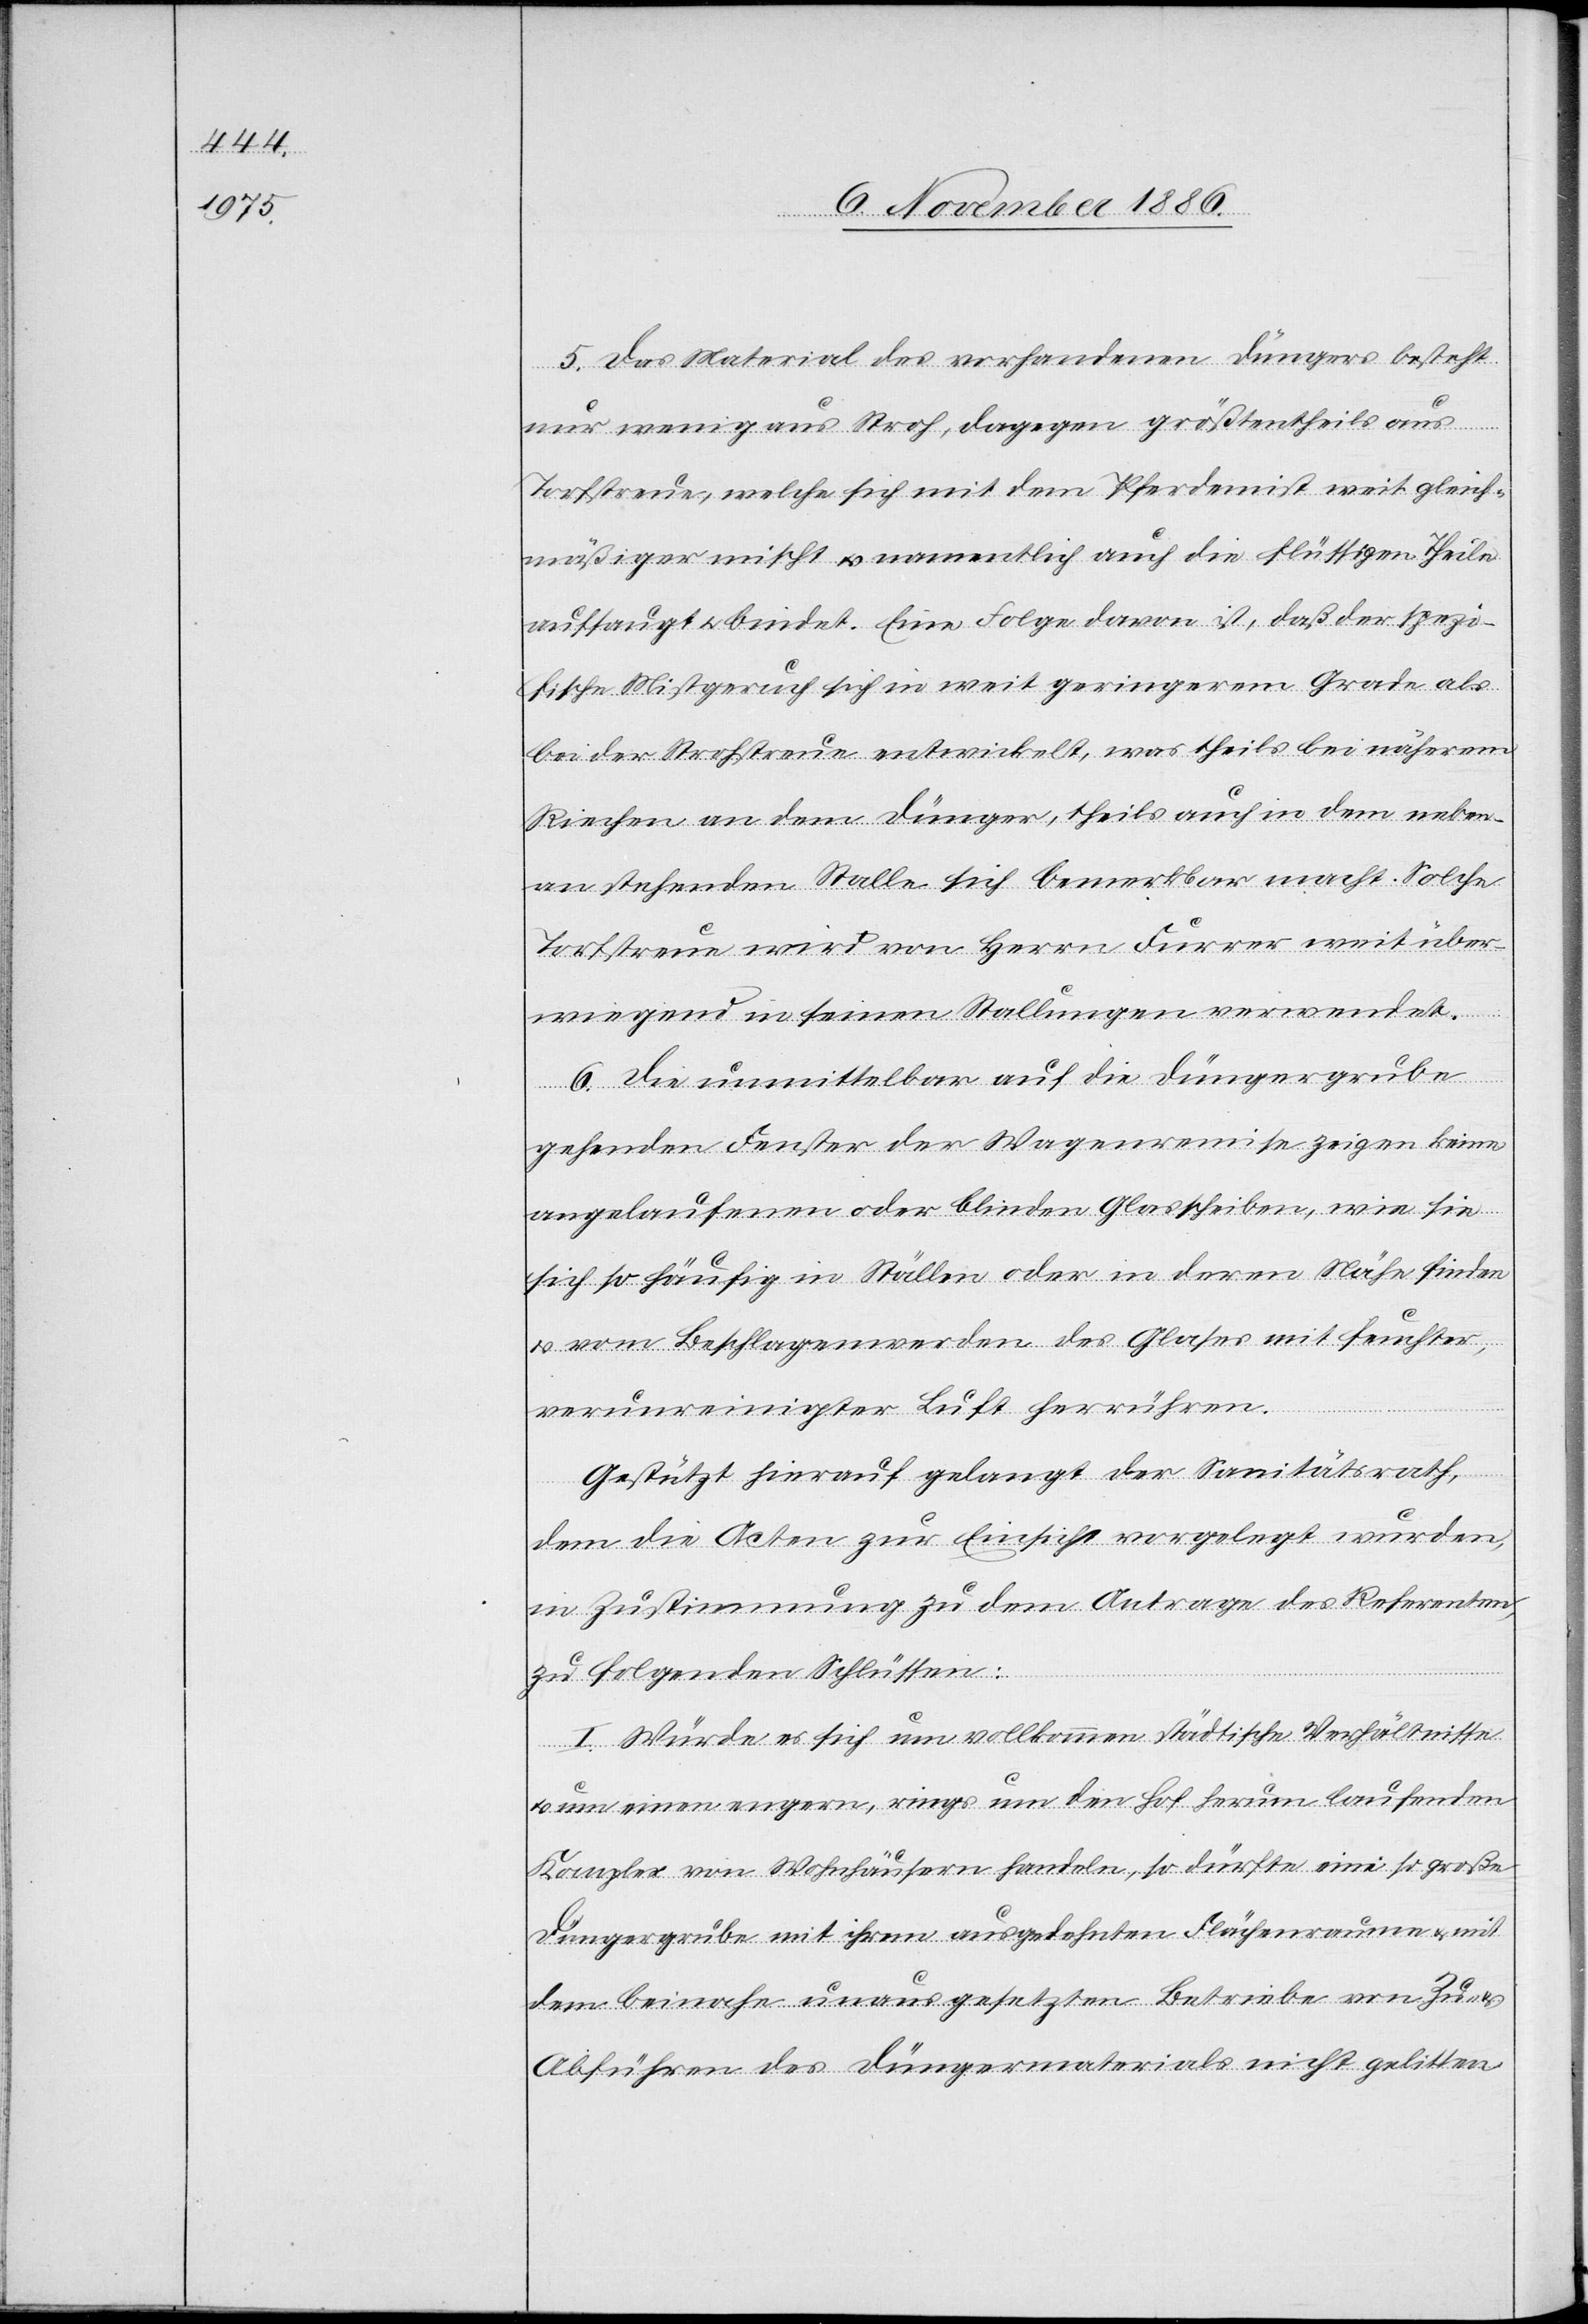
5. Das Material des vorhandenen Düngers besteht
nur wenig aus Stroh, dagegen größtentheils aus
Torfstreue, welche sich mit dem Pferdemist weit gleich¬
mäßiger mischt & namentlich auch die flüssigen Theile
aufsaugt & bindet. Eine Folge davon ist, daß der spezi¬
fische Mistgeruch sich in weit geringerem Grade als
bei der Strohstreue entwickelt, was theils bei näherem
Riechen an dem Dünger, theils auch in dem neben¬
an stehenden Stalle sich bemerkbar macht. Solche
Torfstreue wird von Herrn Furrer weit über¬
wiegend in seinen Stallungen verwendet.
6. Die unmittelbar auf die Düngergrube
gehenden Fenster der Wagenremise zeigen keine
angelaufenen oder blinden Glasscheiben, wie sie
sich so häufig in Ställen oder in deren Nähe finden
& vom Beschlagenwerden des Glases mit feuchter,
verunreinigter Luft herrühren.
Gestützt hierauf gelangt der Sanitätsrath,
dem die Acten zur Einsicht vorgelegt wurden,
in Zustimmung zu dem Antrage des Referenten,
zu folgenden Schlüssen:
I. Würde es sich um vollkommen städtische Verhältnisse
um einen engern, rings um den Hof herum laufenden
Komplex von Wohnhäusern handeln, so dürfte eine so große
Düngergrube mit ihrem ausgedehnten Flächenraume & mit
dem beinahe unausgesetzten Betriebe von Zu-
Abführen des Düngermaterials nicht gelitten